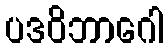
ပဒဝိဘာဂေါ